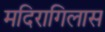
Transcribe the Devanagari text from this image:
मदिरागिलास